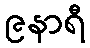
၉နာရီ